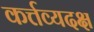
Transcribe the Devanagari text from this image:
कर्त्तव्यदक्ष